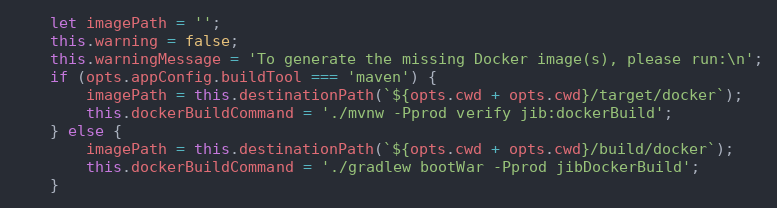
Language: JavaScript
    let imagePath = '';
    this.warning = false;
    this.warningMessage = 'To generate the missing Docker image(s), please run:\n';
    if (opts.appConfig.buildTool === 'maven') {
        imagePath = this.destinationPath(`${opts.cwd + opts.cwd}/target/docker`);
        this.dockerBuildCommand = './mvnw -Pprod verify jib:dockerBuild';
    } else {
        imagePath = this.destinationPath(`${opts.cwd + opts.cwd}/build/docker`);
        this.dockerBuildCommand = './gradlew bootWar -Pprod jibDockerBuild';
    }